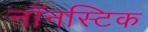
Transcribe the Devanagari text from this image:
नॉनस्टिक